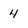
Character: 4